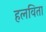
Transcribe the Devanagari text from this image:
हलविता